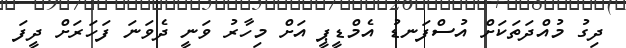
ދިގު މުއްދަތަކަށް އުސްފަނޑު އެމްޑީޕީ އަށް މިހާރު ވަނީ ދެވަނަ ފަހަރަށް ދީފަ